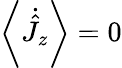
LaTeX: \left\langle\dot{\hat{J}}_{z}\right\rangle=0